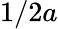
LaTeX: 1/2a